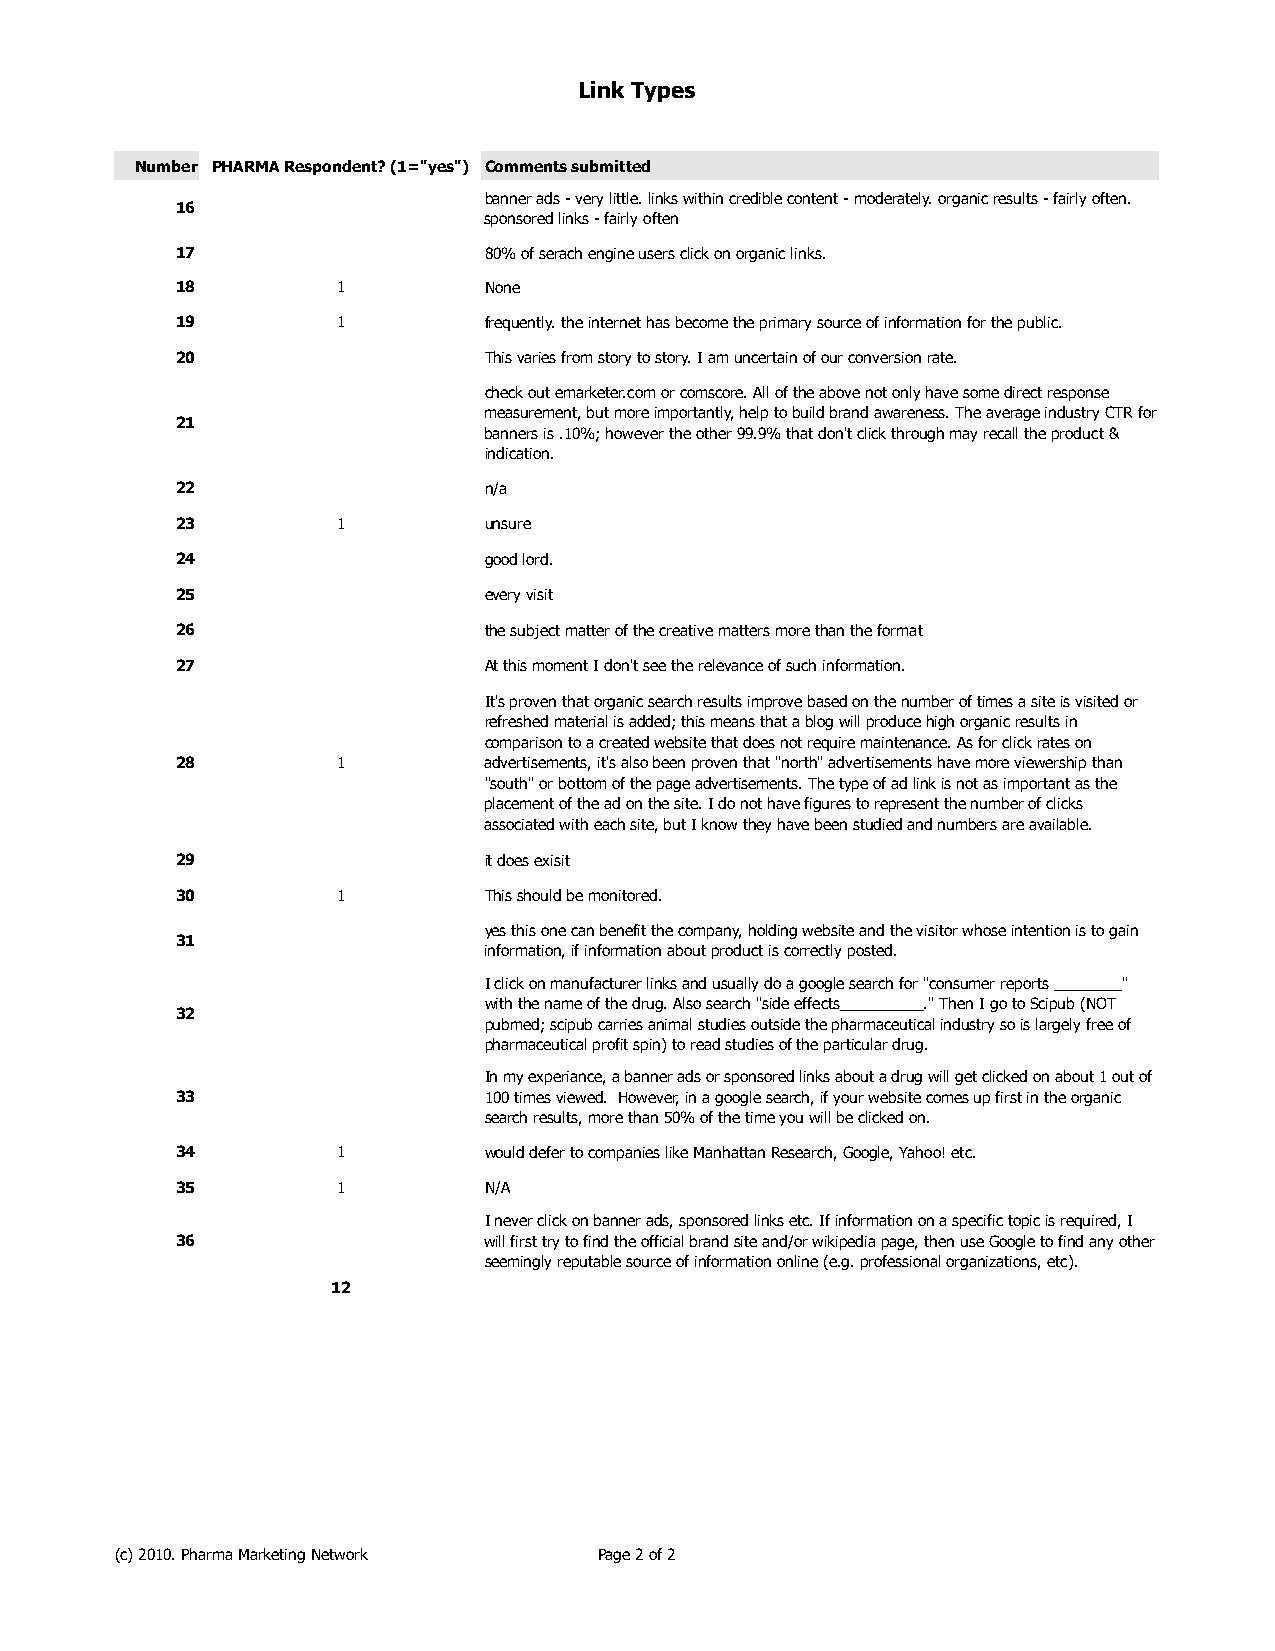
Link Types
 Number PHARMA Respondent? (1="yes") Comments submitted
 banner ads - very little. links within credible content - moderately. organic results - fairly often.
 16
 sponsored links - fairly often
 17                  80% of serach engine users click on organic links.
 18        1         None
 19        1         frequently. the internet has become the primary source of information for the public.
 20                  This varies from story to story. I am uncertain of our conversion rate.
 check out emarketer.com or comscore. All of the above not only have some direct response
 measurement, but more importantly, help to build brand awareness. The average industry CTR for
 21
 banners is .10%; however the other 99.9% that don't click through may recall the product &
 indication.
 22                  n/a
 23        1         unsure
 24                  good lord.
 25                  every visit
 26                  the subject matter of the creative matters more than the format
 27                  At this moment I don't see the relevance of such information.
 It's proven that organic search results improve based on the number of times a site is visited or
 refreshed material is added; this means that a blog will produce high organic results in
 comparison to a created website that does not require maintenance. As for click rates on
 28        1         advertisements, it's also been proven that "north" advertisements have more viewership than
 "south" or bottom of the page advertisements. The type of ad link is not as important as the
 placement of the ad on the site. I do not have figures to represent the number of clicks
 associated with each site, but I know they have been studied and numbers are available.
 29                  it does exisit
 30        1         This should be monitored.
 yes this one can benefit the company, holding website and the visitor whose intention is to gain
 31
 information, if information about product is correctly posted.
 I click on manufacturer links and usually do a google search for "consumer reports ________"
 with the name of the drug. Also search "side effects__________." Then I go to Scipub (NOT
 32
 pubmed; scipub carries animal studies outside the pharmaceutical industry so is largely free of
 pharmaceutical profit spin) to read studies of the particular drug.
 In my experiance, a banner ads or sponsored links about a drug will get clicked on about 1 out of
 33                  100 times viewed. However, in a google search, if your website comes up first in the organic
 search results, more than 50% of the time you will be clicked on.
 34        1         would defer to companies like Manhattan Research, Google, Yahoo! etc.
 35        1         N/A
 I never click on banner ads, sponsored links etc. If information on a specific topic is required, I
 36                  will first try to find the official brand site and/or wikipedia page, then use Google to find any other
 seemingly reputable source of information online (e.g. professional organizations, etc).
 12
 (c) 2010. Pharma Marketing Network Page 2 of 2